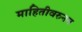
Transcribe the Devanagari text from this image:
माहितीवरुनन